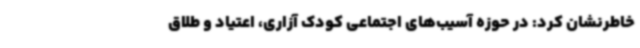
خاطرنشان کرد: در حوزه آسیب‌های اجتماعی کودک آزاری، اعتیاد و طلاق